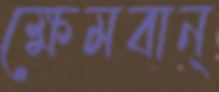
ক্ষেমবান্‌